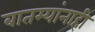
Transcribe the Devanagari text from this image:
बातम्यांनाही